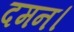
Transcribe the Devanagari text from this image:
दमन।